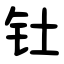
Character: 钍